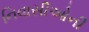
નિવાસીઓની